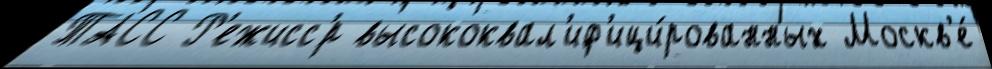
ТАСС Р'ежисс'́р высококвал'иф'ици́рованных Москв'е́